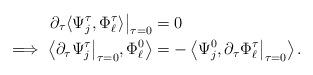
LaTeX: \begin{align*}\partial_{\tau}\langle\Psi_{j}^{\tau},\Phi_{\ell}^{\tau} \rangle\big|_{\tau = 0} &= 0\\\implies \left\langle\partial_{\tau}\Psi_{j}^{\tau}\big|_{\tau = 0}, \Phi_{\ell}^{0} \right\rangle &= - \left \langle\Psi_{j}^{0},\partial_{\tau}\Phi_{\ell}^{\tau}\big|_{\tau = 0} \right \rangle.\end{align*}